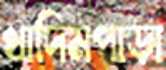
খাদিমপাড়া